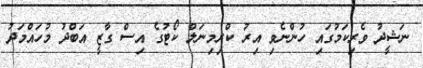
ނަޝީދު ވެރިކަމުގައި ހުންނެވި އިރު ކްރިމިނަލް ކޯޓުގެ އިސް ގާޒީ އަބްދު މުހައްމަދު